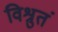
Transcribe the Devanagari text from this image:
विश्रुतं